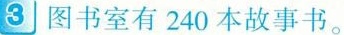
3 图书室有240本故事书。